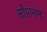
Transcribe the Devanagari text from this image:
सोपानम